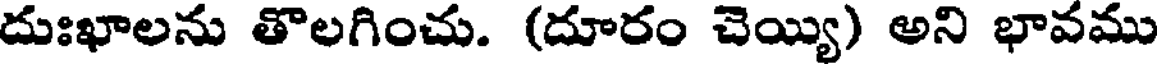
దుఃఖాలను తొలగించు. (దూరం చెయ్యి) అని భావము